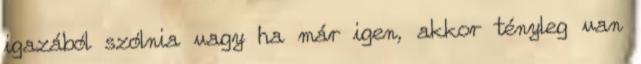
igazából szólnia vagy ha már igen, akkor tényleg van